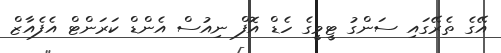
އޭގެ ތެރޭގައި ސަންގު ޓީވީގެ ހެޑް އޮފް ނިއުސް އެންޑް ކަރަންޓް އެފެއާޒް